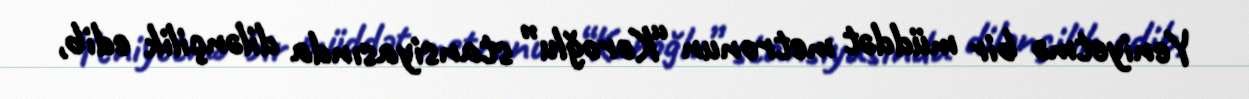
Yeniyetmə bir müddət metronun “Koroğlu” stansiyasında dilənçilik edib,